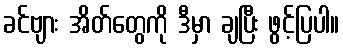
ခင်ဗျား အိတ်တွေကို ဒီမှာ ချပြီး ဖွင့်ပြပါ။